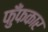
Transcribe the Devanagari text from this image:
फुँफकार